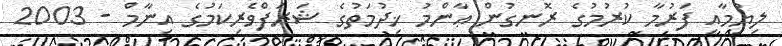
ލިޔުމާއި ފަރުމާ ކުރުމުގެ ރޮނގުން ޢާންމު ޚިދުމަތުގެ ޝަރަފްވެރިކަމުގެ އިނާމް - 2003